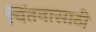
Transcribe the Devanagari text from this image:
चिंतनासाठी